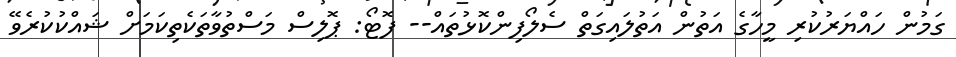
ގަމުން ހައްޔަރުކުރި މީހާގެ އަތުން އަތުލައިގަތް ސެލޯފިންކޮޅުތައް-- ފޮޓޯ: ޕޮލިސް މަސްތުވާތަކެތިކަމަށް ޝައްކުކުރެވޭ